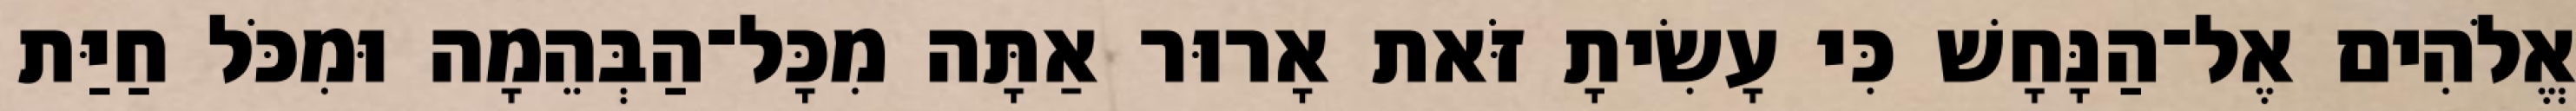
אֱלֹהִים אֶל־הַנָּחָשׁ כִּי עָשִׂיתָ זֹּאת אָרוּר אַתָּה מִכָּל־הַבְּהֵמָה וּמִכֹּל חַיַּת